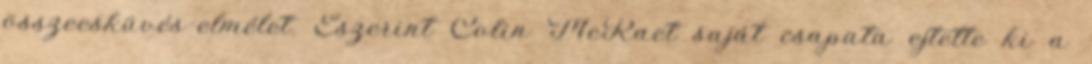
összeesküvés-elmélet. Eszerint Colin McRaet saját csapata ejtette ki a